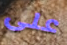
على